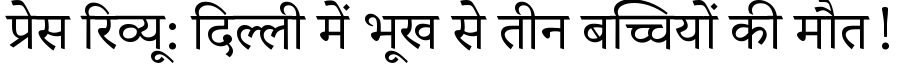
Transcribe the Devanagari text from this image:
प्रेस रिव्यू: दिल्ली में भूख से तीन बच्चियों की मौत!